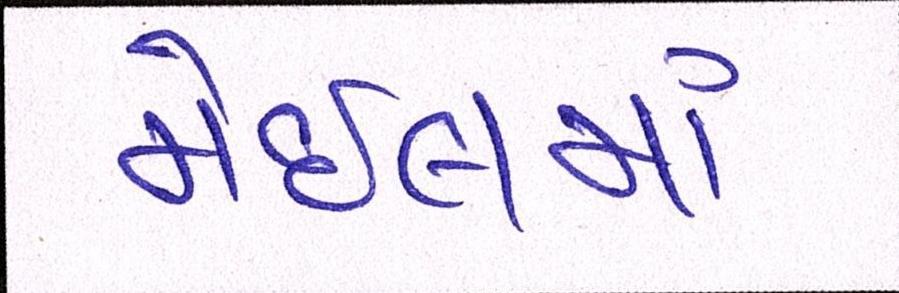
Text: મેઇલમાં